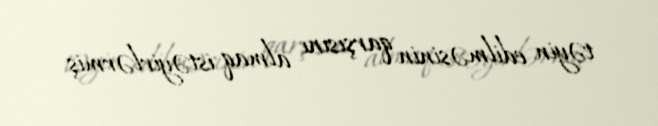
təyin edilməsinin qarşısını almaq istəyirlərmiş.